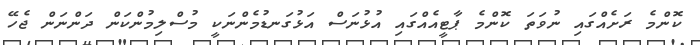
ކޮންމެ ރަށެއްގައި ނުވަތަ ކޮންމެ ޕާޓީއެއްގައި އުޅުނަސް އަޅުގަނޑުމެންނަކީ މުސްލިމުންކަން ދަންނަން ޖެހޭ